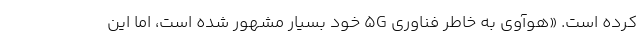
کرده است. «هوآوی به خاطر فناوری 5G خود بسیار مشهور شده است، اما این